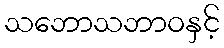
သဘောသဘာဝနှင့်